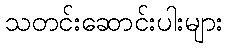
သတင်းဆောင်းပါးများ